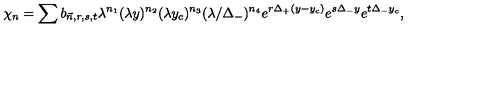
\chi _ { n } = \sum b _ { \vec { n } , r , s , t } \lambda ^ { n _ { 1 } } ( \lambda y ) ^ { n _ { 2 } } ( \lambda y _ { c } ) ^ { n _ { 3 } } ( \lambda / \Delta _ { - } ) ^ { n _ { 4 } } e ^ { r \Delta _ { + } ( y - y _ { c } ) } e ^ { s \Delta _ { - } y } e ^ { t \Delta _ { - } y _ { c } } ,